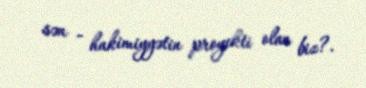
sən - hakimiyyətin proyekti olan biz?.